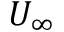
U _ { \infty }